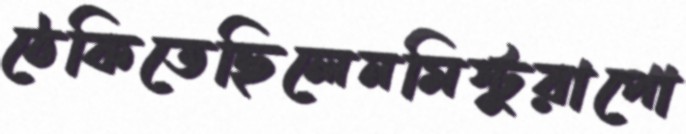
ঠেকিতেছিলেনমিস্টুরাপো